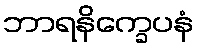
ဘာရနိက္ခေပနံ